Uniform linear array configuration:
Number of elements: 8
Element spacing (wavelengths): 0.75
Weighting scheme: kaiser
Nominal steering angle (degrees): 45
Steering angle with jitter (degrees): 43.962
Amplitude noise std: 0.05
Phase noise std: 0.05

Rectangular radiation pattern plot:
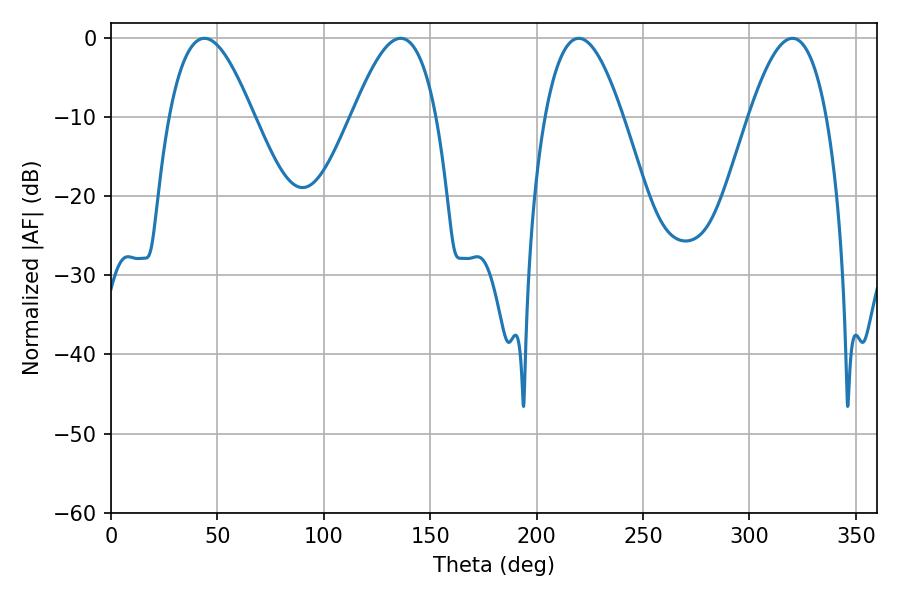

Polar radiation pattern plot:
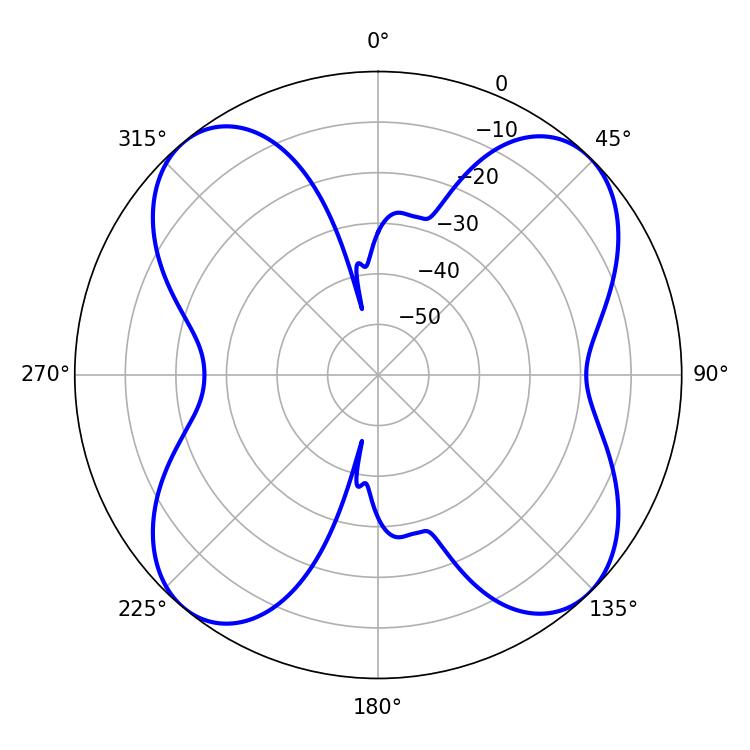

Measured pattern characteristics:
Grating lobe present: TRUE
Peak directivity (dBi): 13.364
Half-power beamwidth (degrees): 19.98
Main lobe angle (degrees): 219.78